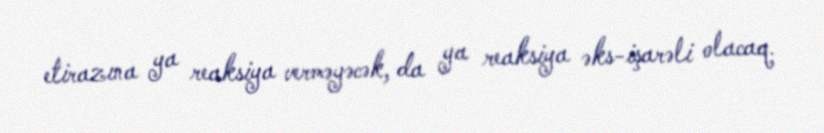
etirazına ya reaksiya verməyəcək, da ya reaksiya əks-işarəli olacaq.